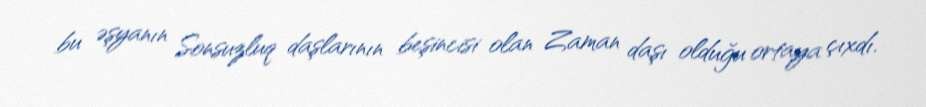
bu əşyanın Sonsuzluq daşlarının beşincisi olan Zaman daşı olduğu ortaya çıxdı.